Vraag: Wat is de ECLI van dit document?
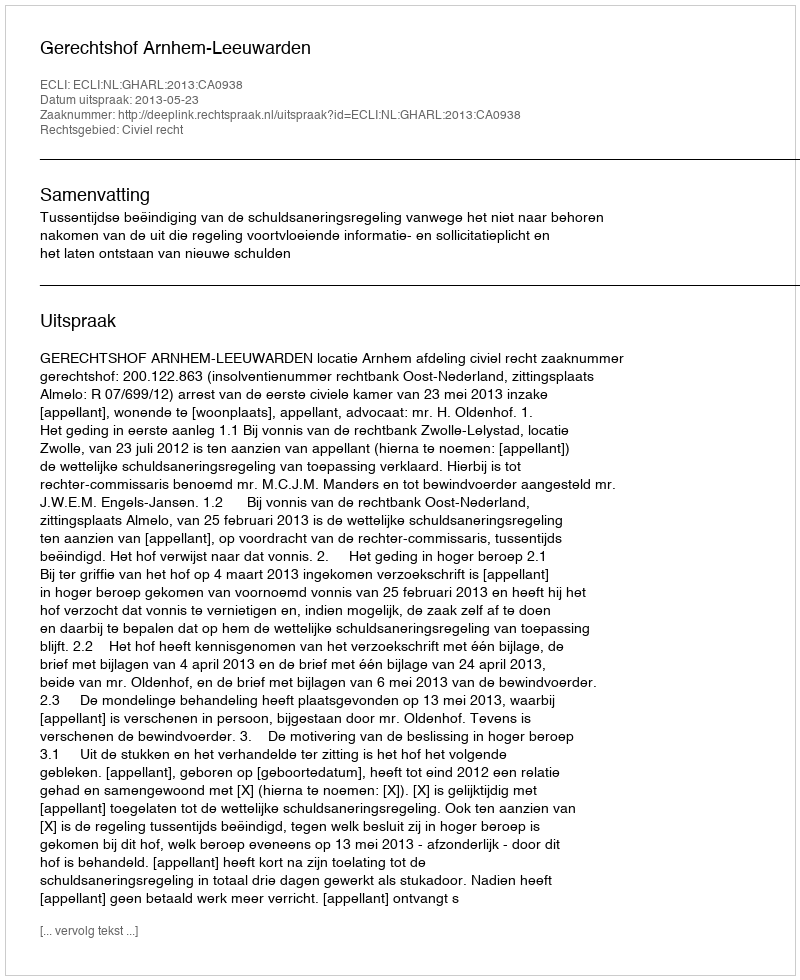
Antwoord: ECLI:NL:GHARL:2013:CA0938